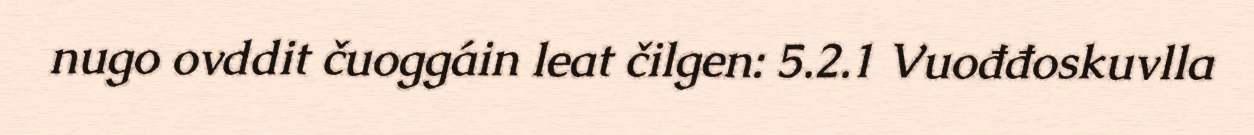
nugo ovddit čuoggáin leat čilgen: 5.2.1 Vuođđoskuvlla